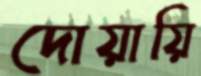
দোয়ায়ি